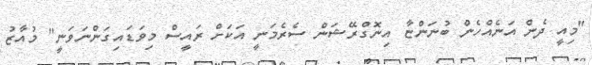
"މިއީ ދެން އަނެއްހެން ބުނަންޏާ އިނޮގްރޭޝަން ސެރެމަނީ އަކަށް ރައީސް މިވަޑައިގަންނަވަނީ" މުއާޒު